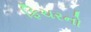
ફિચરનો